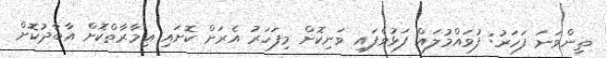
ތިންވަނަ ފަހަރު: ފުވައްމުލައް ފަޅުވެފައި ވަނިކޮށް މިފަހަރު އެރަށް ކޮށައި ޢިމާރާތްކޮށް އާބާދުކޮށް